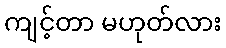
ကျင့်တာ မဟုတ်လား